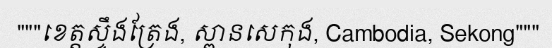
"""ខេត្តស្ទឹងត្រែង, ស្ពានសេកុង, Cambodia, Sekong"""